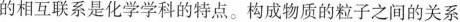
的相互联系是化学学科的特点。构成物质的粒子之间的关系